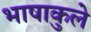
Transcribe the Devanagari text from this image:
भाषाकुले